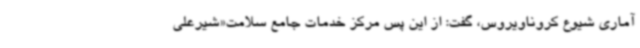
آماری شیوع کروناویروس، گفت: از این پس مرکز خدمات جامع سلامت«شیرعلی